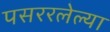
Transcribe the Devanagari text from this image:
पसररलेल्या